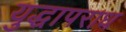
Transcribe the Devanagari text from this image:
युद्धापराध